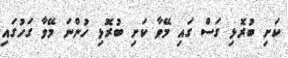
ކަށި ބުރޮޅި ގަސް ގައި މޭވާ ކަށި ބުރޮޅި ހުންނަ މޭވާ ގަހުގައި